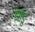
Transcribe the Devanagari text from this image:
झाडु